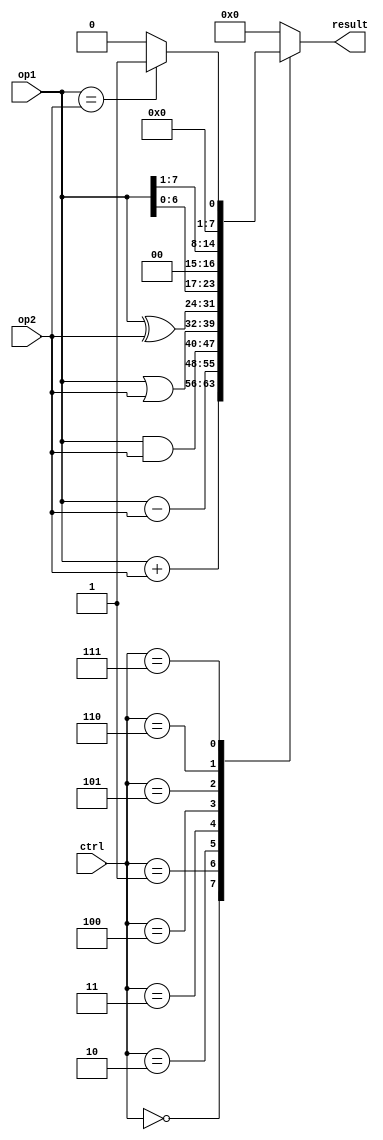
module ALU (
    input wire [7:0] op1,
    input wire [7:0] op2,
    input wire [3:0] ctrl,
    output reg [7:0] result
);

always @(*)
begin
    case(ctrl)
        4'b0000: result = op1 + op2; // Addition operation
        4'b0001: result = op1 - op2; // Subtraction operation
        4'b0010: result = op1 & op2; // AND operation
        4'b0011: result = op1 | op2; // OR operation
        4'b0100: result = op1 ^ op2; // XOR operation
        4'b0101: result = op1 << 1; // Left shift operation
        4'b0110: result = op1 >> 1; // Right shift operation
        4'b0111: result = (op1 == op2) ? 8'b00000001 : 8'b00000000; // Comparison operation
        default: result = 8'b00000000; // Default operation (no operation)
    endcase
end

endmodule